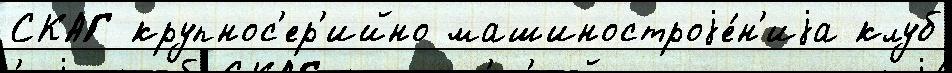
СКАГ крупнос'ер'ийно машиностроjе́н'иjа клуб